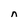
Character: n